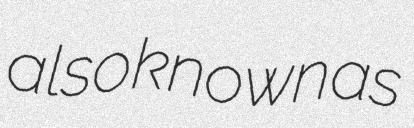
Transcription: also known as